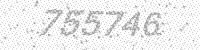
Solution: 755746